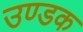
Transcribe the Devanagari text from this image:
उण्डक